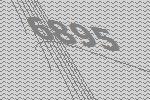
6895